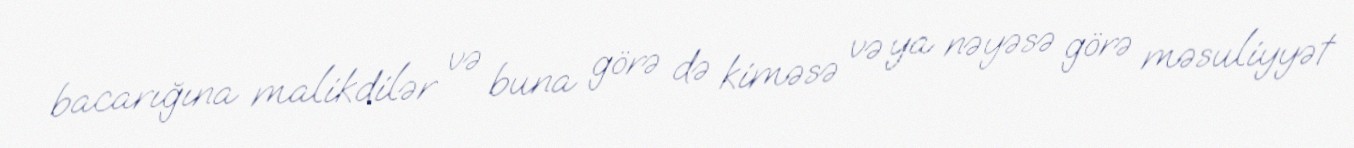
bacarığına malikdilər və buna görə də kiməsə və ya nəyəsə görə məsuliyyət